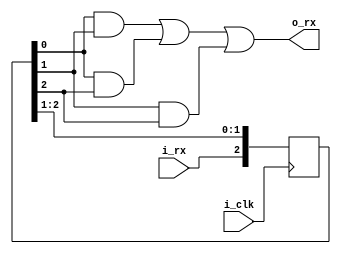
///////////////////////////////////////////////////////////////////
// This file contains the Majority Element. This element is able to
// filter serial data and fix metastability errors.
///////////////////////////////////////////////////////////////////

module MAJORITY_FILTER_3
(
	input i_clk,
	input i_rx,

	output wire o_rx
);
	reg [2:0] rx_lock = 3'b111;

	assign o_rx = (rx_lock[0] & rx_lock[1]) | (rx_lock[0] & rx_lock[2]) | (rx_lock[1] & rx_lock[2]);
	
	always @(posedge i_clk) begin
		rx_lock <= { i_rx, rx_lock[2:1] };
	end
endmodule